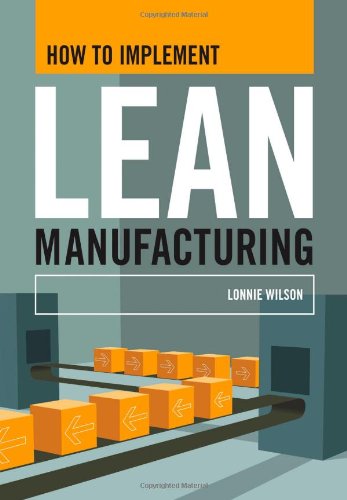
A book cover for How To Implement Lean Manufacturing; Lonnie Wilson; Business & Money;